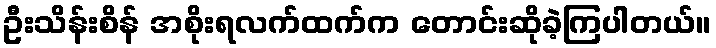
ဦးသိန်းစိန် အစိုးရလက်ထက်က တောင်းဆိုခဲ့ကြပါတယ်။